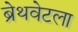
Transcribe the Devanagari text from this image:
ब्रेथवेटला